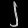
Digit: ၂